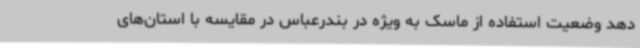
دهد وضعیت استفاده از ماسک به ویژه در بندرعباس در مقایسه با استان‌های